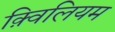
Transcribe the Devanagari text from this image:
क़्विलियम